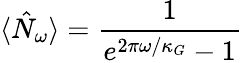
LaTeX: \langle\hat{N}_{\omega}\rangle=\frac{1}{e^{2\pi\omega/\kappa_{G}}-1}